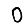
Digit: 0